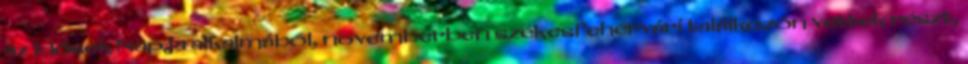
az Idősek Napja alkalmából, novemberben székesfehérvári találkozón vettek részt,